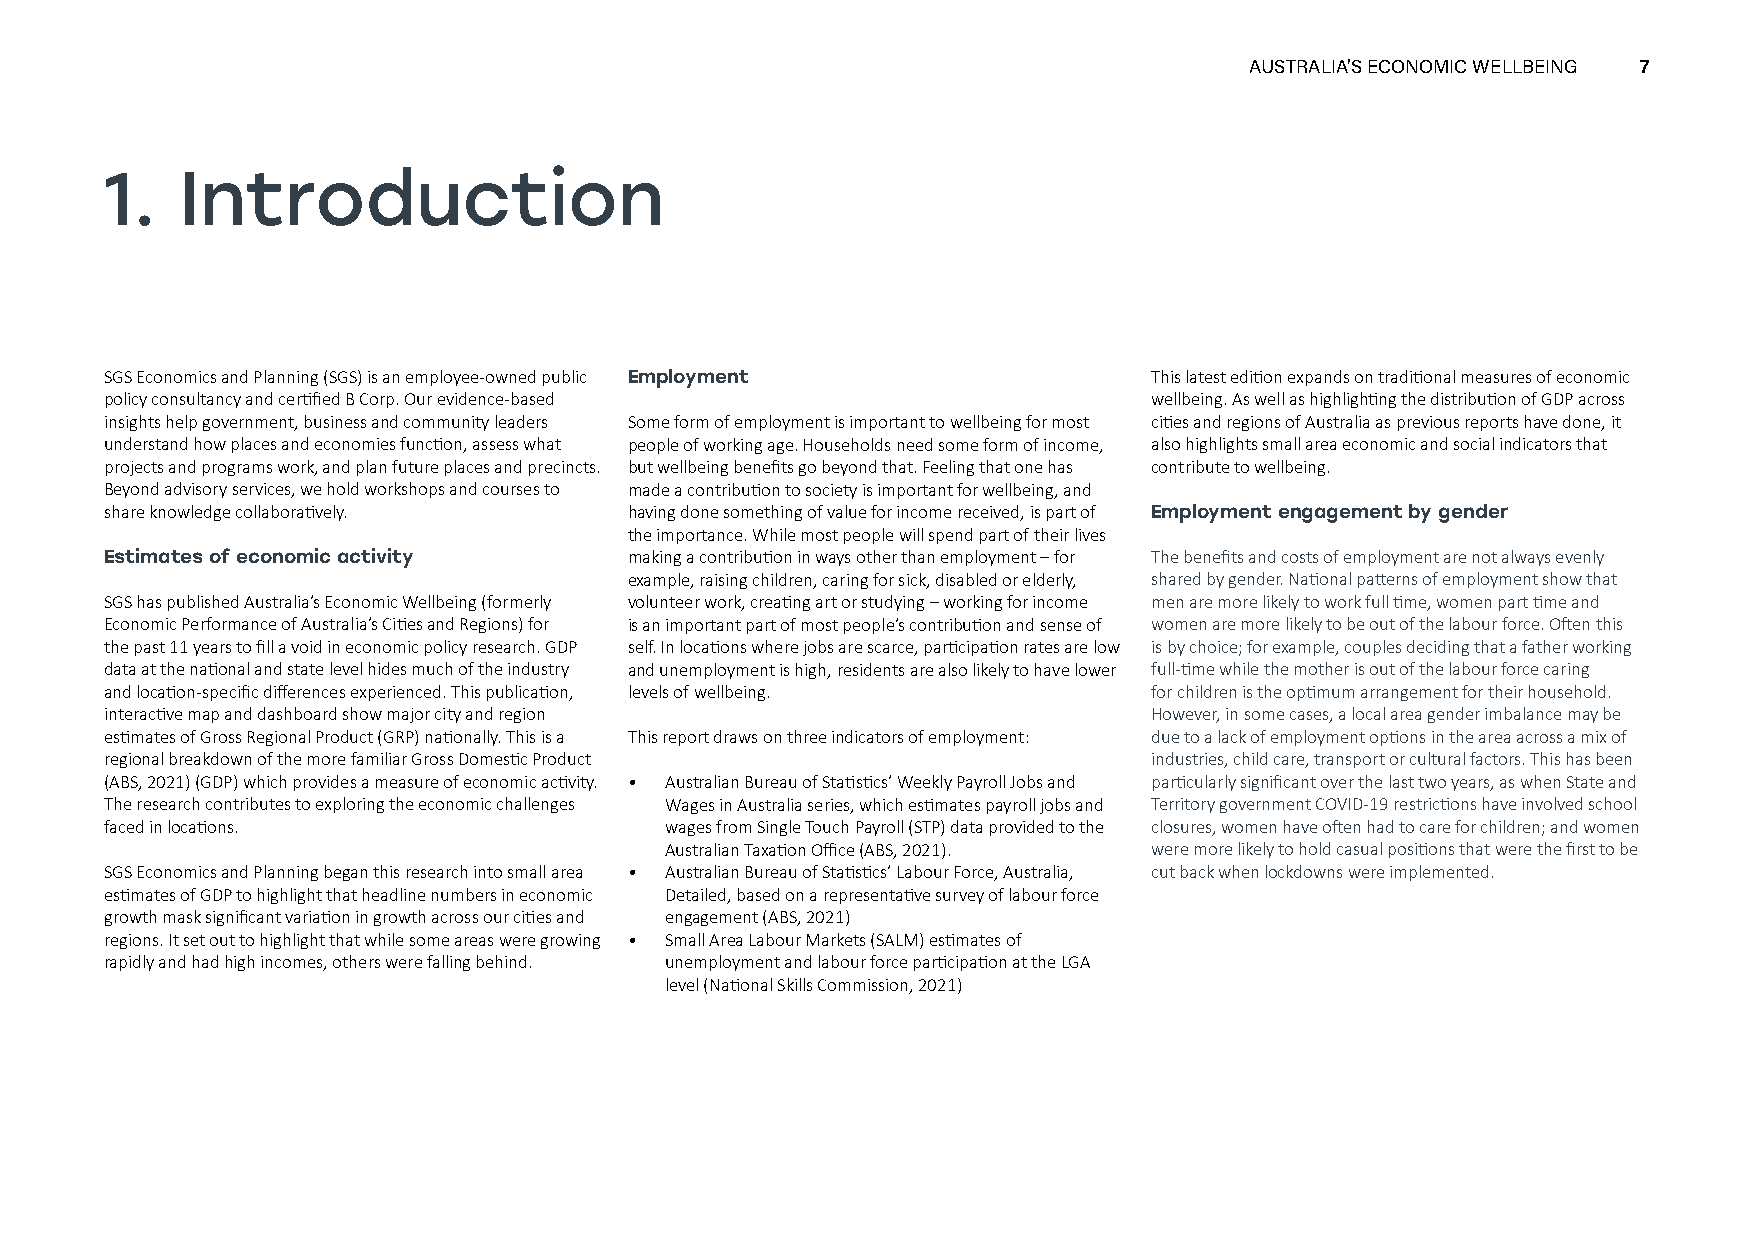
AUSTRALIA’S ECONOMIC WELLBEING 7
 1.   Introduction
 SGS Economics and Planning (SGS) is an employee-owned public Employment This latest edition expands on traditional measures of economic
 policy consultancy and certified B Corp. Our evidence-based          wellbeing. As well as highlighting the distribution of GDP across
 insights help government, business and community leaders Some form of employment is important to wellbeing for most cities and regions of Australia as previous reports have done, it
 understand how places and economies function, assess what people of working age. Households need some form of income, also highlights small area economic and social indicators that
 projects and programs work, and plan future places and precincts. but wellbeing benefits go beyond that. Feeling that one has contribute to wellbeing.
 Beyond advisory services, we hold workshops and courses to made a contribution to society is important for wellbeing, and
 share knowledge collaboratively.   having done something of value for income received, is part of Employment engagement by gender
 the importance. While most people will spend part of their lives
 Estimates of economic activity     making a contribution in ways other than employment – for The benefits and costs of employment are not always evenly
 example, raising children, caring for sick, disabled or elderly, shared by gender. National patterns of employment show that
 SGS has published Australia’s Economic Wellbeing (formerly volunteer work, creating art or studying – working for income men are more likely to work full time, women part time and
 Economic Performance of Australia’s Cities and Regions) for is an important part of most people’s contribution and sense of women are more likely to be out of the labour force. Often this
 the past 11 years to fill a void in economic policy research. GDP self. In locations where jobs are scarce, participation rates are low is by choice; for example, couples deciding that a father working
 data at the national and state level hides much of the industry and unemployment is high, residents are also likely to have lower full-time while the mother is out of the labour force caring
 and location-specific differences experienced. This publication, levels of wellbeing. for children is the optimum arrangement for their household.
 interactive map and dashboard show major city and region             However, in some cases, a local area gender imbalance may be
 estimates of Gross Regional Product (GRP) nationally. This is a This report draws on three indicators of employment: due to a lack of employment options in the area across a mix of
 regional breakdown of the more familiar Gross Domestic Product       industries, child care, transport or cultural factors. This has been
 (ABS, 2021) (GDP) which provides a measure of economic activity. • Australian Bureau of Statistics’ Weekly Payroll Jobs and particularly significant over the last two years, as when State and
 The research contributes to exploring the economic challenges Wages in Australia series, which estimates payroll jobs and Territory government COVID-19 restrictions have involved school
 faced in locations.                  wages from Single Touch Payroll (STP) data provided to the closures, women have often had to care for children; and women
 Australian Taxation Office (ABS, 2021). were more likely to hold casual positions that were the first to be
 SGS Economics and Planning began this research into small area • Australian Bureau of Statistics’ Labour Force, Australia, cut back when lockdowns were implemented.
 estimates of GDP to highlight that headline numbers in economic Detailed, based on a representative survey of labour force
 growth mask significant variation in growth across our cities and engagement (ABS, 2021)
 regions. It set out to highlight that while some areas were growing • Small Area Labour Markets (SALM) estimates of
 rapidly and had high incomes, others were falling behind. unemployment and labour force participation at the LGA
 level (National Skills Commission, 2021)